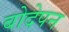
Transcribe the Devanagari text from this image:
बोदेपन